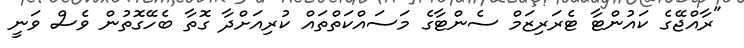
"ރާއްޖޭގެ ކައުންޓާ ޓެރަރިޒަމް ސެންޓާގެ މަސައްކަތްތައް ކުރިއަށްދާ ގޮތާ ބެހޭގޮތުން ވެސް ވަނީ